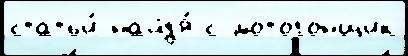
статьи́ найд'я́ с мотогонщик